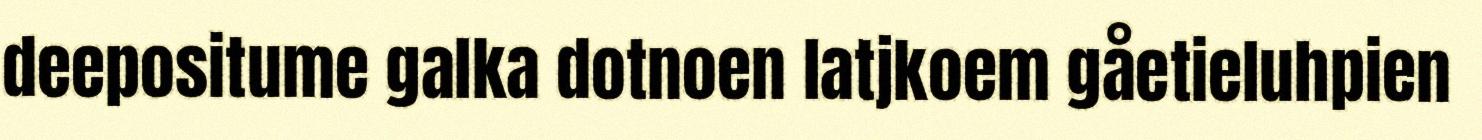
deepositume galka dotnoen latjkoem gåetieluhpien